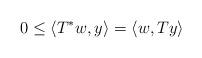
LaTeX: \begin{align*}0 \le \langle T^*w, y\rangle = \langle w, T y\rangle\end{align*}